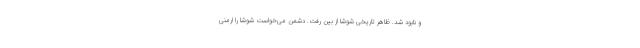
و نابود شد. ظاهر تاریخی شوشا از بین رفت. دشمن می‌خواست شوشا را ارمنی